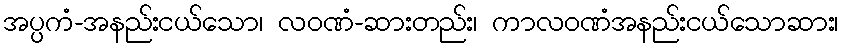
အပ္ပကံ-အနည်းငယ်သော၊ လဝဏံ-ဆားတည်း၊ ကာလဝဏံအနည်းငယ်သောဆား၊